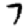
Digit: 7